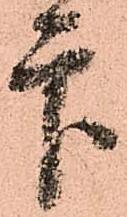
印